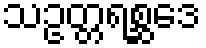
သဥတ္တရစ္ဆဒေ